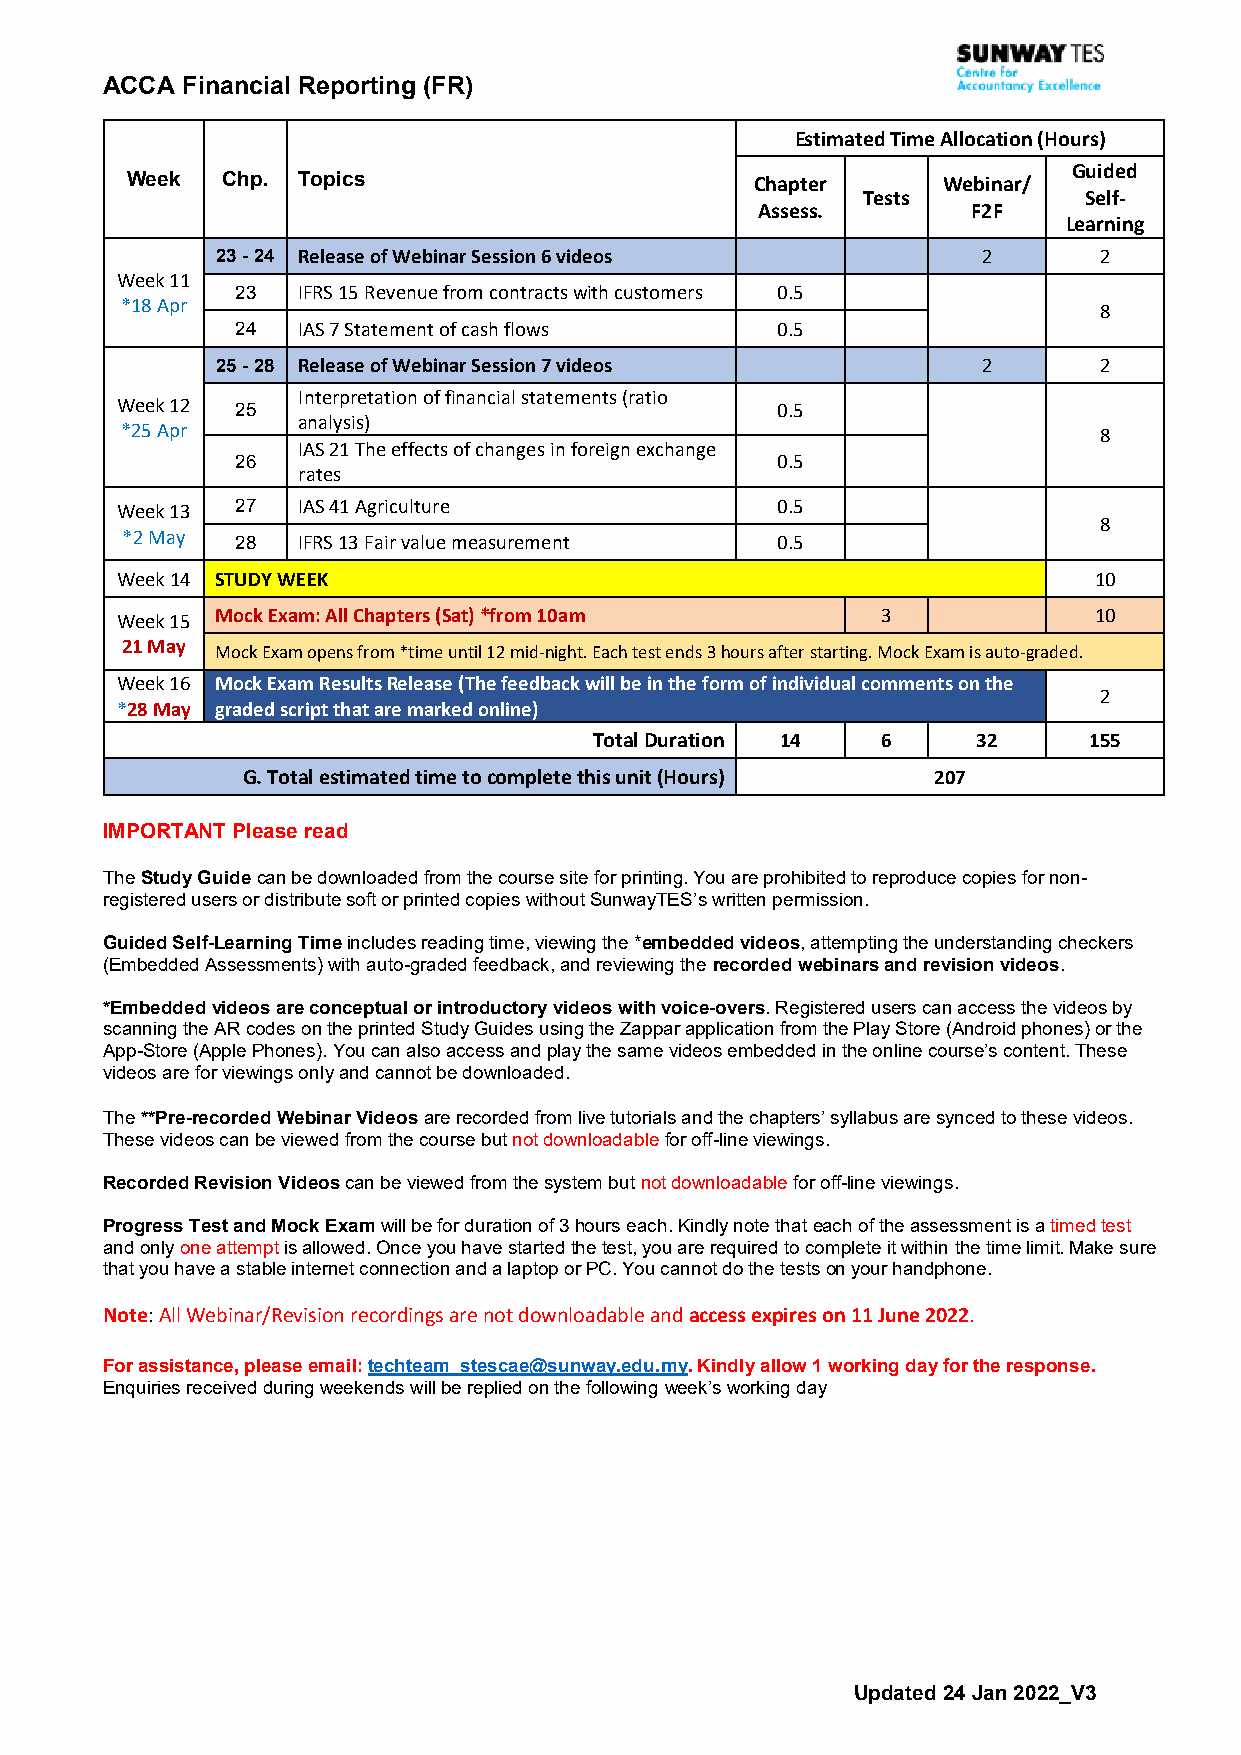
ACCA Financial Reporting (FR)
 Estimated Time Allocation (Hours)
 Guided
 Week   Chp. Topics                        Chapter     Webinar/
 Tests          Self-
 Assess.       F2F
 Learning
 23 - 24 Release of Webinar Session 6 videos        2       2
 Week 11
 23  IFRS 15 Revenue from contracts with customers 0.5
 *18 Apr                                                          8
 24  IAS 7 Statement of cash flows  0.5
 25 - 28 Release of Webinar Session 7 videos        2       2
 Interpretation of financial statements (ratio
 Week 12 25                                 0.5
 analysis)
 *25 Apr                                                          8
 IAS 21 The effects of changes in foreign exchange
 26                                 0.5
 rates
 Week 13 27  IAS 41 Agriculture             0.5
 8
 *2 May  28  IFRS 13 Fair value measurement 0.5
 Week 14 STUDY WEEK                                              10
 Week 15 Mock Exam: All Chapters (Sat) *from 10am  3             10
 21 May Mock Exam opens from *time until 12 mid-night. Each test ends 3 hours after starting. Mock Exam is auto-graded.
 Week 16 Mock Exam Results Release (The feedback will be in the form of individual comments on the
 2
 *28 May graded script that are marked online)
 Total Duration 14  6      32     155
 G. Total estimated time to complete this unit (Hours) 207
 IMPORTANT Please read
 The Study Guide can be downloaded from the course site for printing. You are prohibited to reproduce copies for non-
 registered users or distribute soft or printed copies without SunwayTES’s written permission.
 Guided Self-Learning Time includes reading time, viewing the *embedded videos, attempting the understanding checkers
 (Embedded Assessments) with auto-graded feedback, and reviewing the recorded webinars and revision videos.
 *Embedded videos are conceptual or introductory videos with voice-overs. Registered users can access the videos by
 scanning the AR codes on the printed Study Guides using the Zappar application from the Play Store (Android phones) or the
 App-Store (Apple Phones). You can also access and play the same videos embedded in the online course’s content. These
 videos are for viewings only and cannot be downloaded.
 The **Pre-recorded Webinar Videos are recorded from live tutorials and the chapters’ syllabus are synced to these videos.
 These videos can be viewed from the course but not downloadable for off-line viewings.
 Recorded Revision Videos can be viewed from the system but not downloadable for off-line viewings.
 Progress Test and Mock Exam will be for duration of 3 hours each. Kindly note that each of the assessment is a timed test
 and only one attempt is allowed. Once you have started the test, you are required to complete it within the time limit. Make sure
 that you have a stable internet connection and a laptop or PC. You cannot do the tests on your handphone.
 Note: All Webinar/Revision recordings are not downloadable and access expires on 11 June 2022.
 For assistance, please email: techteam_stescae@sunway.edu.my. Kindly allow 1 working day for the response.
 Enquiries received during weekends will be replied on the following week’s working day
 Updated 24 Jan 2022_V3